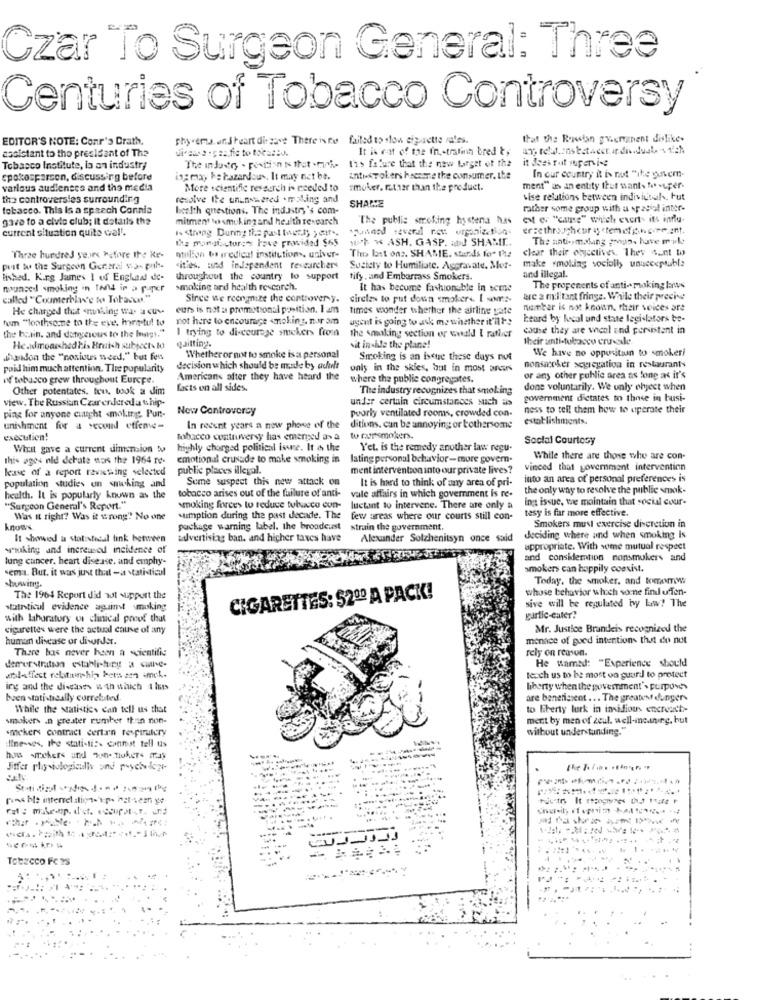
Czar To Surgeon General: Three
Centuries of Tobacco Controversy
EDITOR'S NOTE: Conr's Drath.
phy.ema. and heart di save There is no :failed to slow cigarette vales.
that the Rossian graeminent dislike.
assistant to the president of The
It is cat of the fn .- trating bred t,
The indode, . position N thet .mph- tis fafure that the new target of the
it dess rat supervise
Tobacco Institute, la an industry
cpokosparson, discussing before
is; may he hazardous. It may not be.
antiky ok ers haenme the consumer, the
In our country it is not "ite gurem-
various audiences and the media
More scientific research is needed to
smoker, rather than the product.
ment" as an entity thut wants to -uper-
tha controversies surrounding
resolve Ite ununswered .making and
SHALTE
vise relations between individuals. Fut
tobacco. This Is a speech Connia
health questions. The industry's com-
rather some group with a spatlol inter-
gave to a civic club; it details the
mitment two smokingand health research
"The public smoking hystena has
" o "cate" which events its influ-
current situation quite well.
1 <thing During the past twenty y dir ..
Aguaand several rett organization-
erzethroughcuir & cremefingirment.
the monatctures have provided $65
1h WASH. GASP. and SHAME.
The anti -, making gogo, have monk
clear their objectives. They sunt wo
Three hundred years before the Ke-
million ba predical institutions, univer-
The last ons. SHAME, stands for The
make molding socially unacceptable
pust bu the Surgeon General va- puh-
cities. and independent researchers
Suziety to Humiliate. Aggravate. Mor-
Wished. Kirg James 1 of Engluaat de-
throughout the country to support
tify , and Embarrass Smokers.
and illegal.
mounted smoking in tant in a paper
smoking and health research.
It has become fashionable in scene
The propenents of anti- making lanus
called " Counterhiw'e to Tobacco."
Since we recognize the controver y.
circles to put down smokers. I som :-
are a militant fringe. While their precive
He charged that making was a cuv.
eurs is not : promotional position. I am times wonder whether the airline yate
number is not known. their voices are
Num "toothsome to the eye. mortu! to
not here to encourage smoking, nur am
ugent is going to ask me whether it'llte
heard byy local und state legislators be-
I trying to discourage smokers from
the smoking section or wwald I rather
cause they are uncol and persistent in
the brain. and datyeseus to the lungs."
quilting.
their anti-tobacco cru ale
Headmoaishedhis Brutch subject - ko
sit inside the plane!
We have no oppunsitin to smokeri
d'undon the "noxious weed," but fen
Whetheror not to smoke isa personal
Smoking is an issue these days nut
poid him much attention. Tire popularity
decision which should be made by acht
only in the skies, but in most arcins
nonsacoker segregation in restaurants
of tobacco grew throughout Europe.
Americans after they have heard the
where the public congregates.
or any other public area as long as it's
Other potentates. tou, took a dim
facts on all sides.
The industry recognizes that smoking
done voluntarily. We only ohject when
view. The Russian Czar endereda ship-
under certain circumstances such as
government dictates to those in busi-
Now Controversy
pourly ventilated rooms, crowded con-
ness to tell them how to operate their
ping for anyone cutight .mol.ing. Pur-
establishments.
unishment for a second offense-
In recent years a new phone of the
ditions. can be annoying or bothersome
execution!
tobacco controversy has emerged a> a
Social Courtesy
Whit gave a current dimension tv
highly charged political iswe. It & the
Yet. is the remedy another law regu-
this ages nid derate sans the 1964 re-
emotional crusade to make smoking in lating personal behavior-mure govern-
While there are those who are con-
kase of a report ravishing selected
public places illegal.
ment intervention into our private lives?
vinced that govermant intervention
Sume suspect this new attack on
It is hard to think of any area of pri-
into an area of personal preferences is
population studies on smwking and
vale affairs in which government is re-
the only way to resolve the public mok-
health. It is popularly known as the
tobacco arises out of the failure of anti-
luctant to intervene. There are only a ing issue, we maintain that social cour-
ing issue, we maintain that social cour-
"Surgeon General's Report."
smoking forces to reduce tuluacco cun-
tesy is far more effective.
Was It right? Was it wrong" No one
sumption during the past decade. The
few areas where our courts still con-
Smokers must exercise discretion in
knows
package warning label. the broodeuest
strain the government,
It showed a statistical link between
advertising ban. and higher taxes have
Alexander Solzhenitsyn once said
deciding where and when smoking is
w"woking and increased incidence of
appropriate. With some mutual respect
lung cancer. heart disease. and emphy-
and consideration nonsmokers and
semaa. But. it was just that -a statisticul
smokers can hoppily coexist.
showings.
Today, the smoker, and kmwww
whose behavior which somne find uffen-
The 1964 Report did not support the
CIGARETTES: $2ºº A PACK!
sive will be regulated by law? The
statnticul evidence against smoking
with Laboratory of clinical proof that
garlic-eater?
cigarettes were the actual cause of any
Mr. Justice Brandeis recognized the
human disease or disorder.
menace of goed intention- that do not
There bas never been a scientific
rely on reason.
He wamed: "Experience should
dererstration establi-burg a care-
teoch us to be most on guard to protect
andeffect relatamship hetis een imek.
ing and the diseases w th which 1 hus
liberty when the goverment'> purposes
buen statistically correlated
are beneficient ... The greatest dungers
While the statistics can tell us that
to Fiberty lurk in insidious encreatt-
smokers in greater rumber thun non-
ment by men of zeul. well-meaning, but
smokers contract dertan respiratory
without understanding.
Ilnesses, the statisti :- cannot tell us
---
Jiffer physiologicdis ond psyche-logr-
Tobacco Fcms